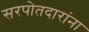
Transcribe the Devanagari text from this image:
सरपोतदारांना